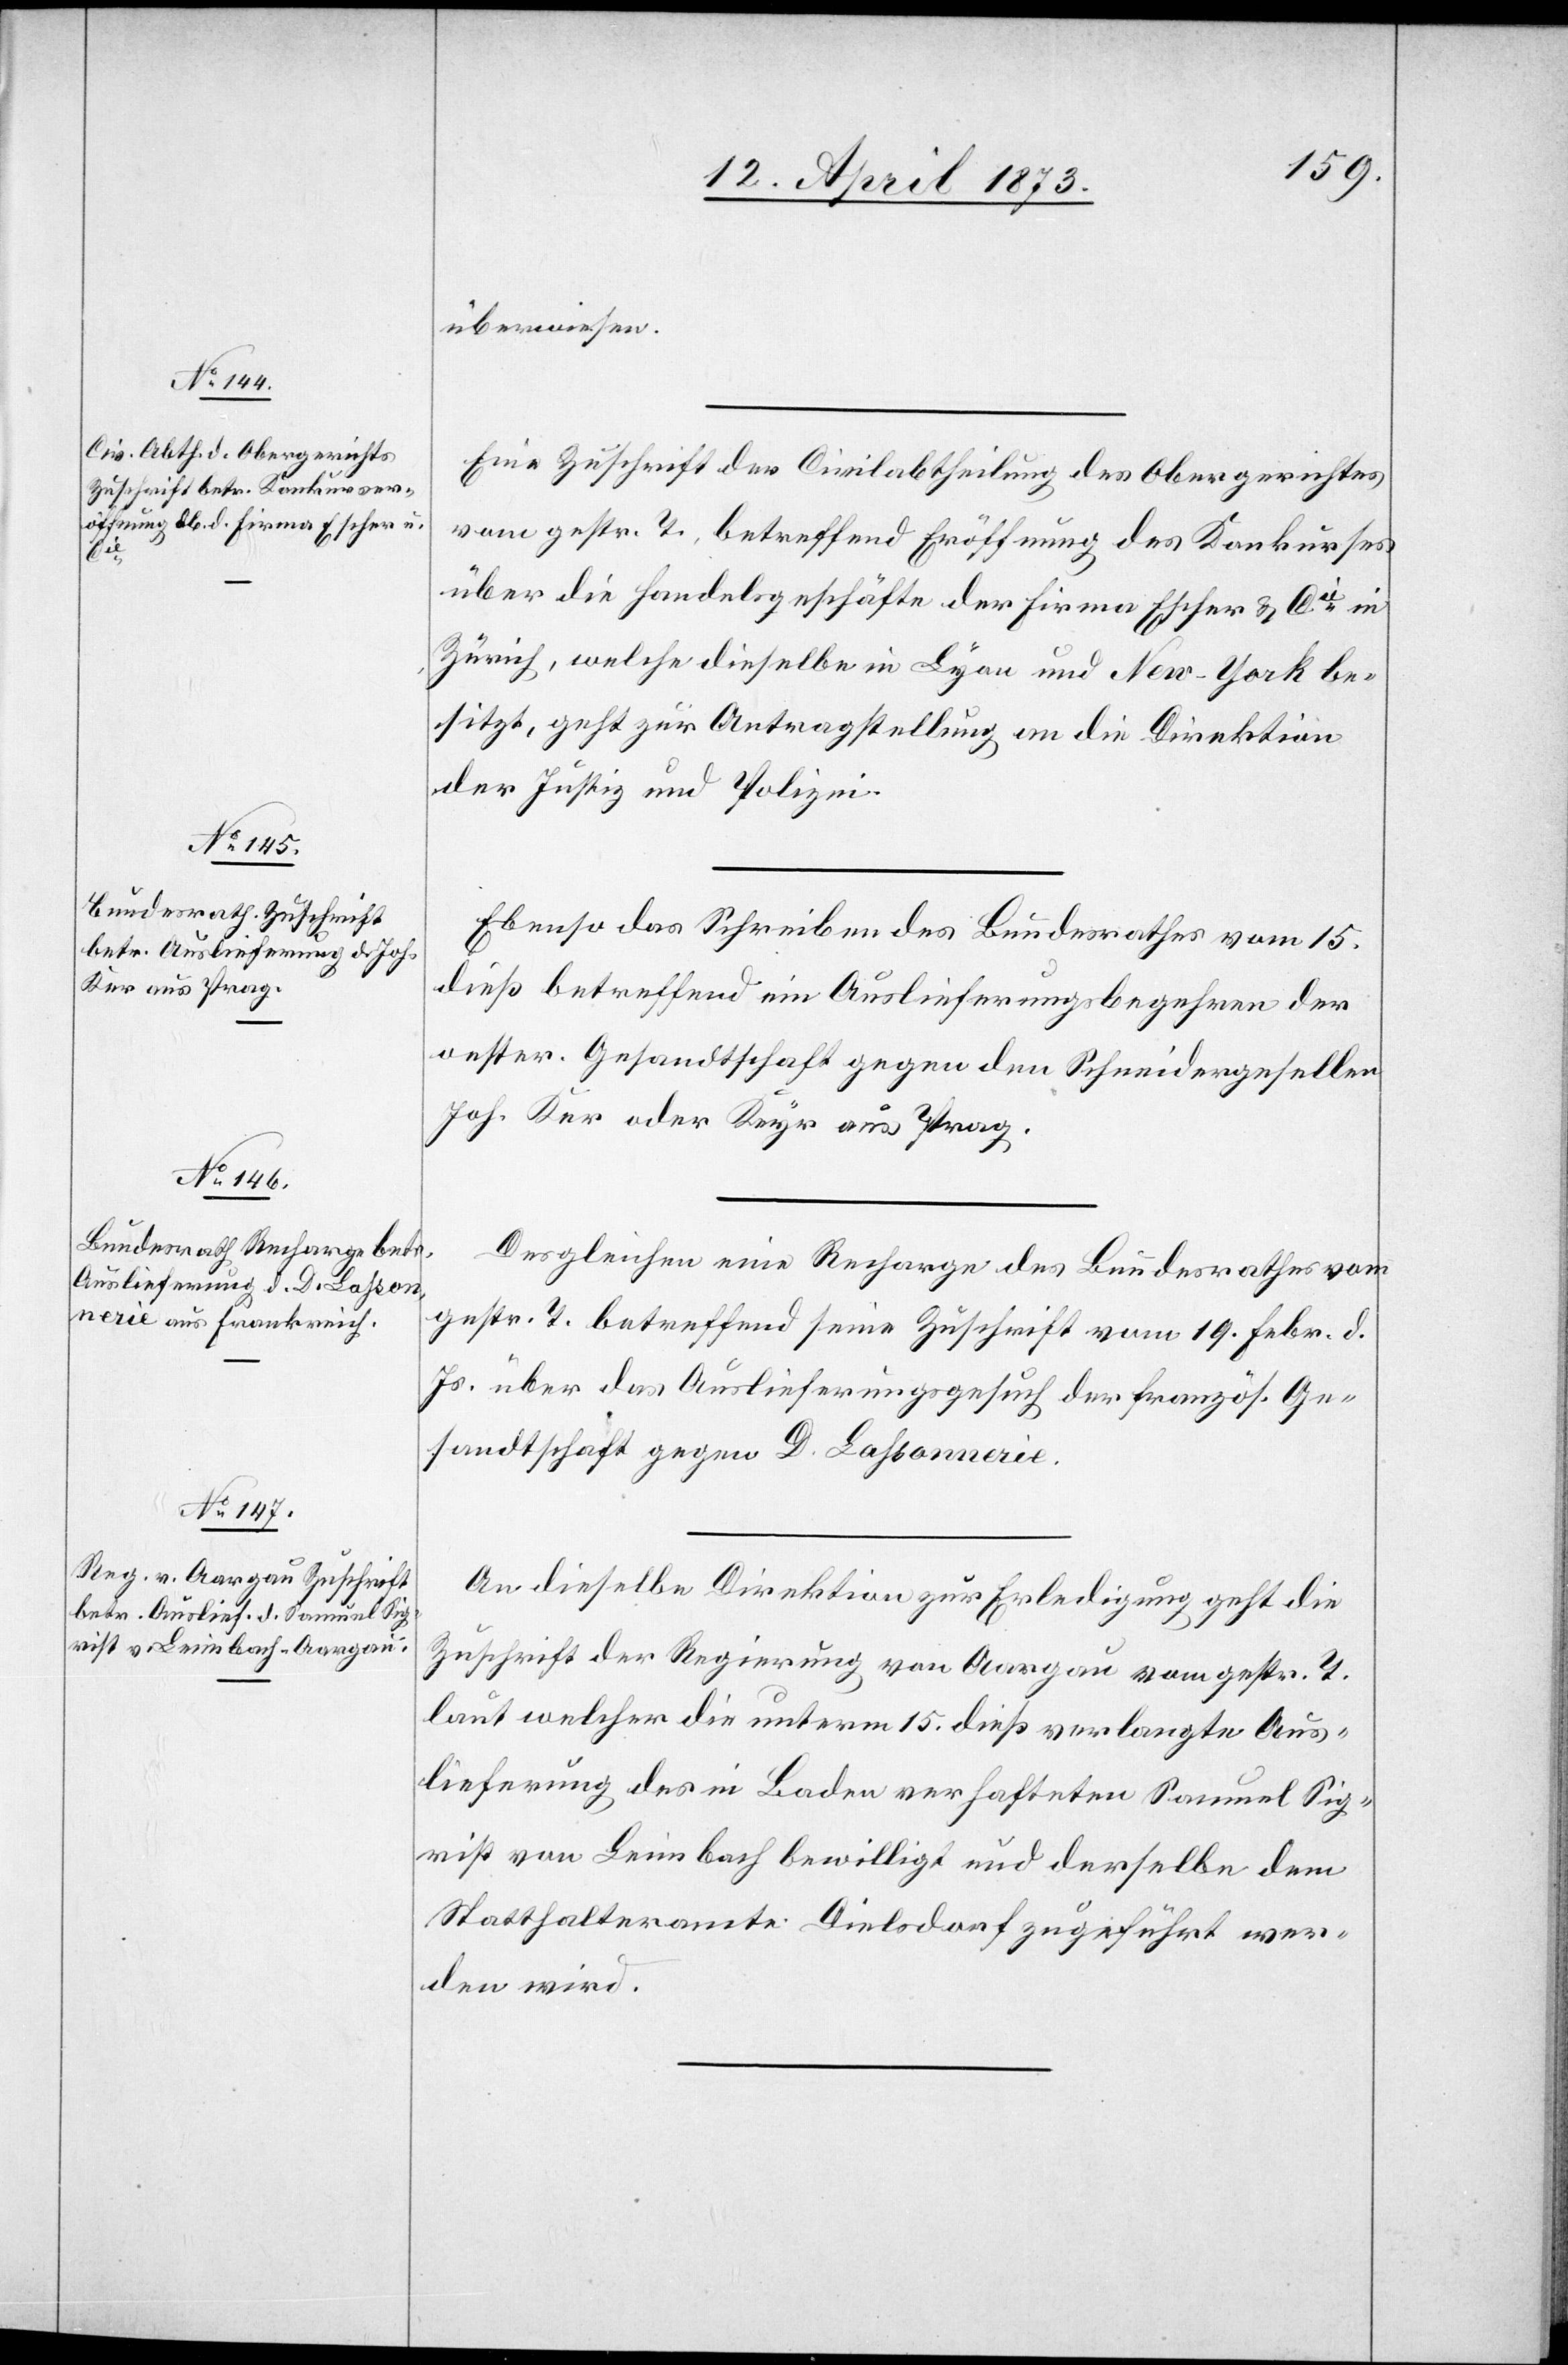
17. April 1873.]
überwiesen.
Eine Zuschrift der Civilabtheilung des Obergerichtes
vom gestr. T. betreffend Eröffnung des Konkurses
über die Handelsgeschäfte der Firma Escher & Cie in
Zürich, welche dieselbe in Lyon und New-York be¬
sitzt, geht zur Antragstellung an die Direktion
der Justiz und Polizei.
Ebenso das Schreiben des Bundesrathes vom 15.
dieß betreffend ein Auslieferungsbegehren der
oester. Gesandtschaft gegen den Schneidergesellen
Joh. Ker oder Keyr aus Prag.
Desgleichen eine Recharge des Bundesrathes vom
gestr. T. betreffend seine Zuschrift vom 19. Febr. d.
Js. über das Auslieferungsgesuch der französ. Ge¬
sandtschaft gegen D. Lahsonnerie.
An dieselbe Direktion zur Erledigung geht die
Zuschrift der Regierung von Aargau vom gestr. T.
laut welcher die unterm 15. dieß verlangte Aus¬
lieferung des in Baden verhafteten Samuel Sig¬
rist von Leimbach bewilligt und derselbe dem
Statthalteramte Dielsdorf zugeführt wer¬
den wird.